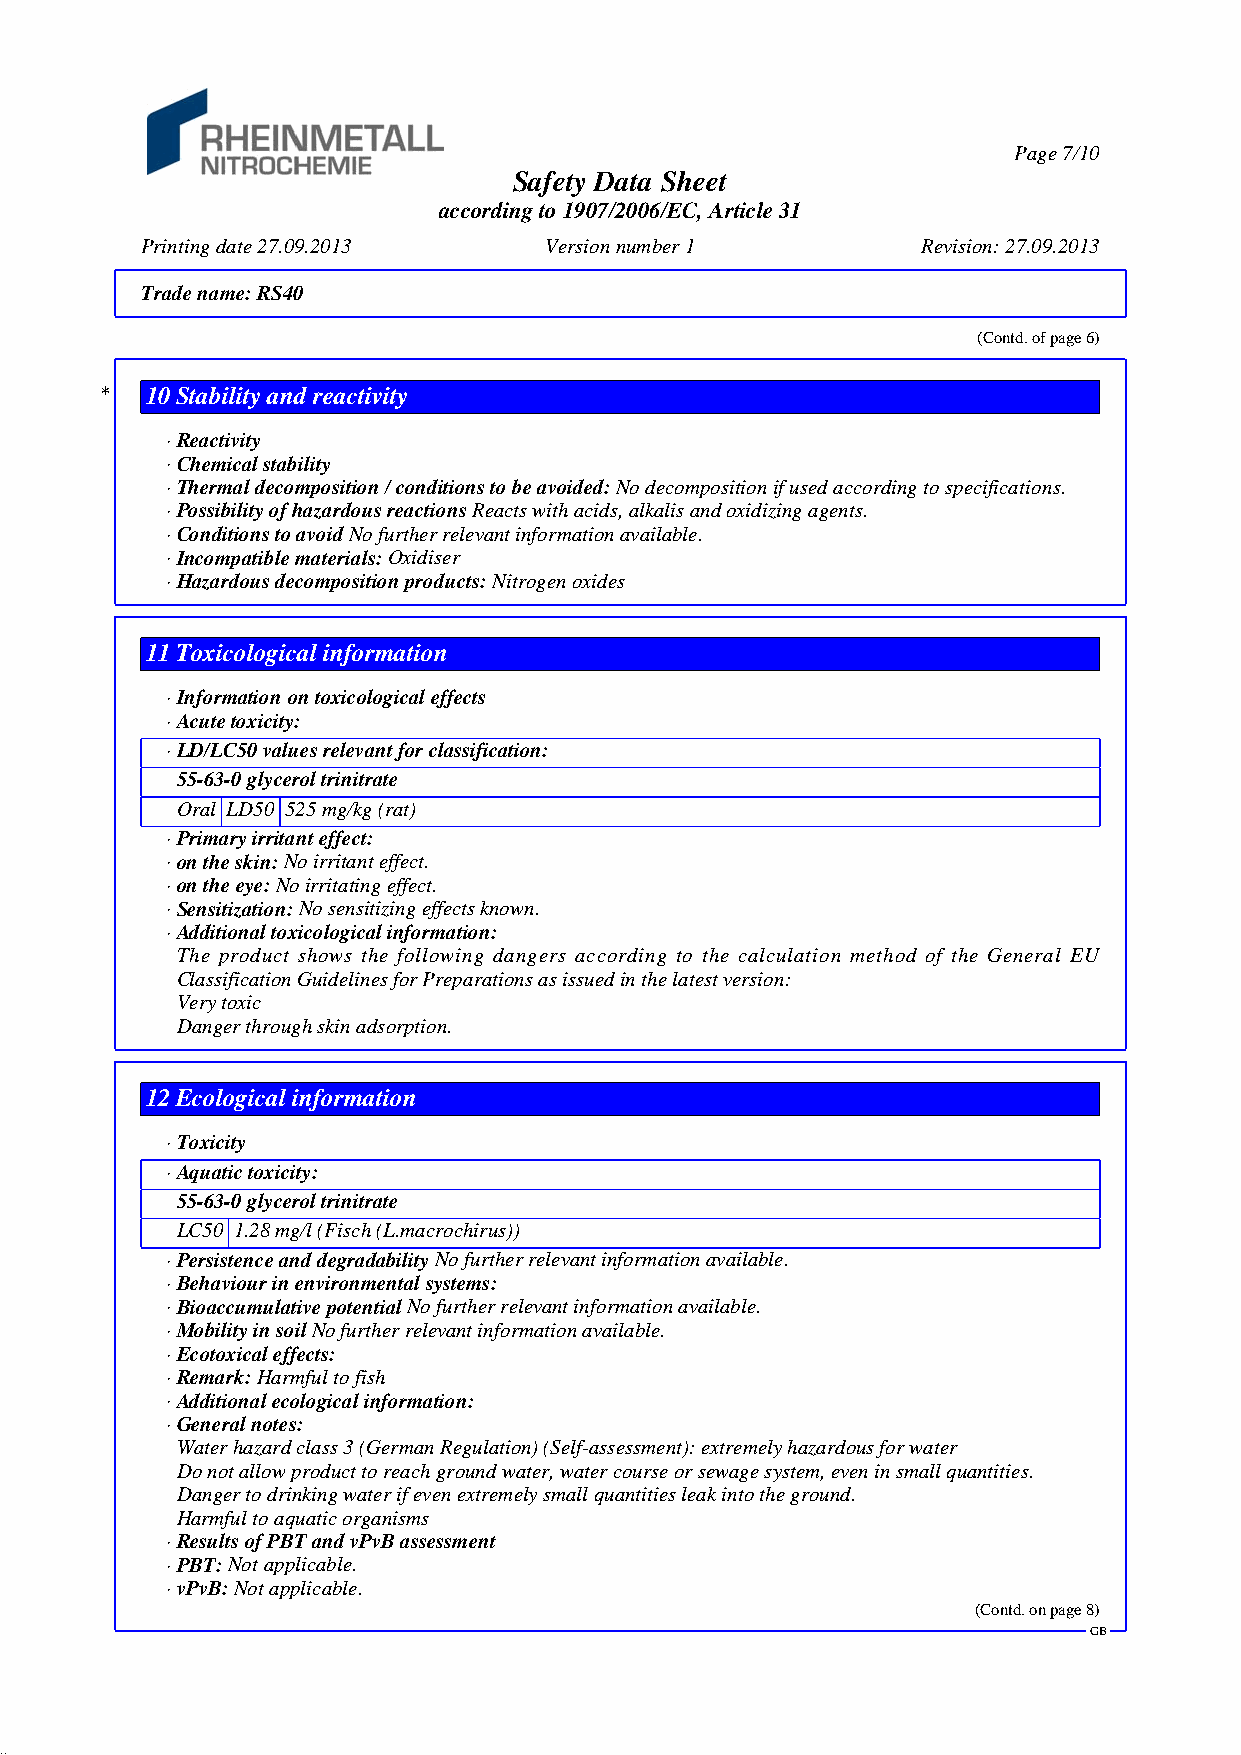
Page 7/10
 Safety Data Sheet
 according to 1907/2006/EC, Article 31
 Printing date 27.09.2013   Version number 1         Revision: 27.09.2013
 Trade name:RS40
 (Contd. of page 6)
 *  10Stability and reactivity
 · Reactivity
 · Chemical stability
 · Thermal decomposition / conditions to be avoided:No decomposition if used according to specifications.
 · Possibility of hazardous reactionsReacts with acids, alkalis and oxidizing agents.
 · Conditions to avoidNo further relevant information available.
 · Incompatible materials:Oxidiser
 · Hazardous decomposition products:Nitrogen oxides
 11Toxicological information
 · Information on toxicological effects
 · Acute toxicity:
 · LD/LC50 values relevant for classification:
 55-63-0glycerol trinitrate
 Oral LD50 525 mg/kg (rat)
 · Primary irritant effect:
 · on the skin:No irritant effect.
 · on the eye:No irritating effect.
 · Sensitization:No sensitizing effects known.
 · Additional toxicological information:
 The product shows the following dangers according to the calculation method of the General EU
 Classification Guidelines for Preparations as issued in the latest version:
 Very toxic
 Danger through skin adsorption.
 12Ecological information
 · Toxicity
 · Aquatic toxicity:
 55-63-0glycerol trinitrate
 LC50 1.28 mg/l (Fisch (L.macrochirus))
 · Persistence and degradabilityNo further relevant information available.
 · Behaviour in environmental systems:
 · Bioaccumulative potentialNo further relevant information available.
 · Mobility in soilNo further relevant information available.
 · Ecotoxical effects:
 · Remark:Harmful to fish
 · Additional ecological information:
 · General notes:
 Water hazard class 3 (German Regulation) (Self-assessment): extremely hazardous for water
 Do not allow product to reach ground water, water course or sewage system, even in small quantities.
 Danger to drinking water if even extremely small quantities leak into the ground.
 Harmful to aquatic organisms
 · Results of PBT and vPvB assessment
 · PBT:Not applicable.
 · vPvB:Not applicable.
 (Contd. on page 8)
 GB
 37.1.6